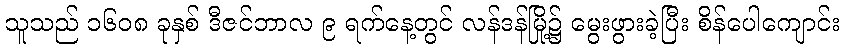
သူသည် ၁၆၀၈ ခုနှစ် ဒီဇင်ဘာလ ၉ ရက်နေ့တွင် လန်ဒန်မြို့၌ မွေးဖွားခဲ့ပြီး စိန်ပေါကျောင်း